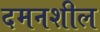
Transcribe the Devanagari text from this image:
दमनशील